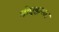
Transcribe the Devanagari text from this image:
नोएडाच्या